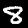
Label: 8